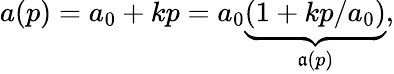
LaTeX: a(p)=a_{0}+kp=a_{0}\underbrace{(1+kp/a_{0})}_{\mathfrak{a}(p)},